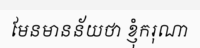
មែនមានន័យថា ខ្ញុំករុណា